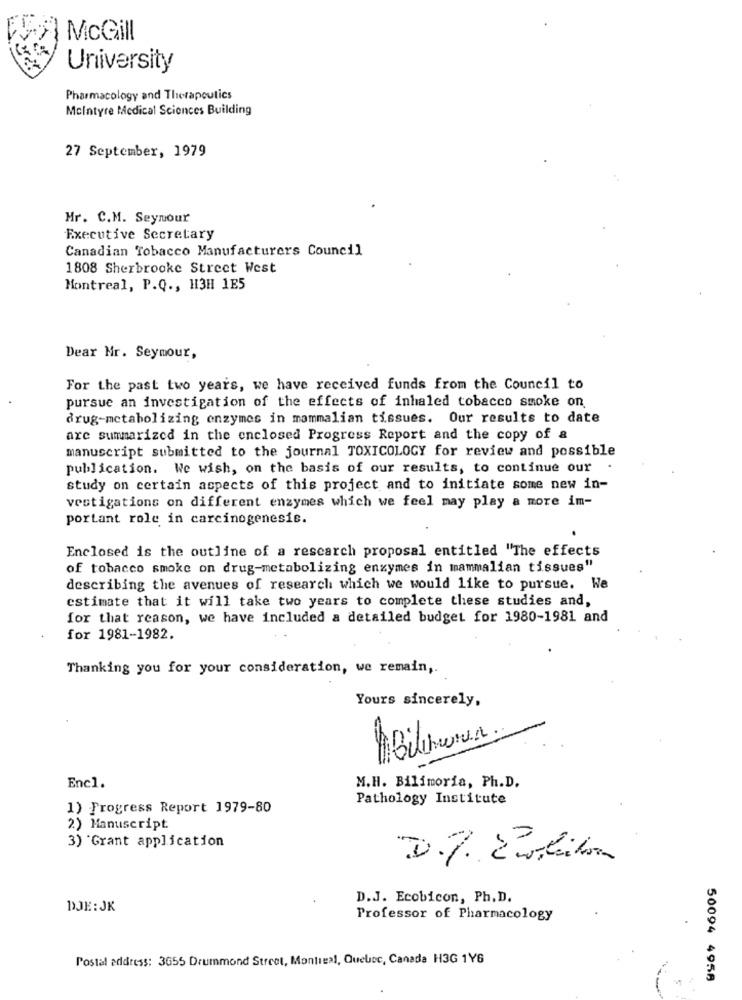
McGill
University
Pharmacology and Therapeutics
Mcintyre Medical Sciences Building
27 September, 1979
Mr. C.M. Seymour
Executive Secretary
Canadian Tobacco Manufacturers Council
1808 Sherbrooke Street West
Montreal, P.Q ., H3H 1E5
Dear Mr. Seymour,
For the past two years, we have received funds from the Council to
pursue an investigation of the effects of inhaled tobacco smoke on
drug-metabolizing enzymes in mammalian tissues. Our results to date
are summarized in the enclosed Progress Report and the copy of a
manuscript submitted to the journal TOXICOLOGY for review and possible
publication. We wish, on the basis of our results, to continue our
.
study on certain aspects of this project and to initiate some new in-
vestigations on different enzymes which we feel may play a more im-
portant role in carcinogenesis.
Enclosed is the outline of a research proposal entitled "The effects
of tobacco smoke on drug-metabolizing enzymes in mammalian tissues"
describing the avenues of research which we would like to pursue. We
estimate that it will take two years to complete these studies and,
for that reason, we have included a detailed budget for 1980-1981 and
for 1981-1982.
Thanking you for your consideration, we remain ,.
Yours sincerely,
Encl.
M.H. Bilimoria, Ph.D.
Pathology Institute
1) Progress Report 1979-80
2) Manuscript
3) Grant application
D.J. Ecobicon, Ph. D.
DJE: JK
Professor of Pharmacology
Postal address: 3655 Drummond Street, Montreal, Quebec, Canada H3G 1Y6
50094 4958
-